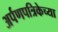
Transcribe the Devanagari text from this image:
अर्पणपत्रिकेच्या